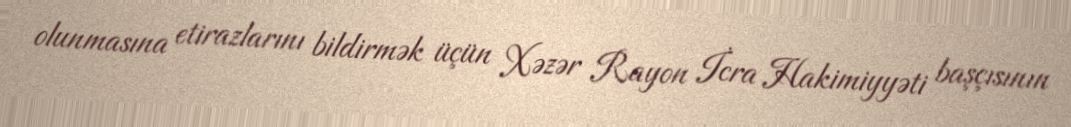
olunmasına etirazlarını bildirmək üçün Xəzər Rayon İcra Hakimiyyəti başçısının